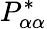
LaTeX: P_{\alpha\alpha}^{*}